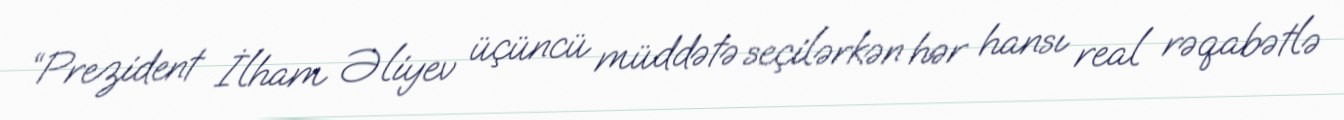
“Prezident İlham Əliyev üçüncü müddətə seçilərkən hər hansı real rəqabətlə